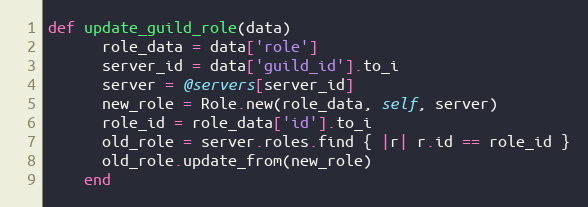
Language: Ruby
def update_guild_role(data)
      role_data = data['role']
      server_id = data['guild_id'].to_i
      server = @servers[server_id]
      new_role = Role.new(role_data, self, server)
      role_id = role_data['id'].to_i
      old_role = server.roles.find { |r| r.id == role_id }
      old_role.update_from(new_role)
    end